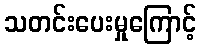
သတင်းပေးမှုကြောင့်